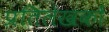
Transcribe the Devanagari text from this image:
प्रतिलेखकों